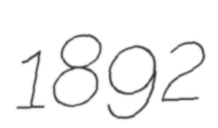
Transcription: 1892